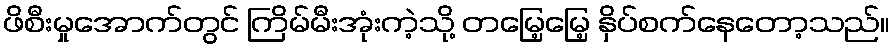
ဖိစီးမှုအောက်တွင် ကြိမ်မီးအုံးကဲ့သို့ တမြေ့မြေ့ နှိပ်စက်နေတော့သည်။